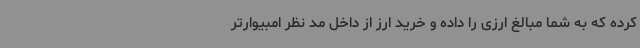
کرده که به شما مبالغ ارزی را داده و خرید ارز از داخل مد نظر امبیوارتر